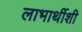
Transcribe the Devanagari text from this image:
लाभार्थीशी